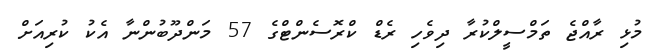
މުޅި ރާއްޖެ ތަމްސީލްކުރާ ދިވެހި ރެޑް ކްރޮސެންޓްގެ 57 މަންދޫބުންނާ އެކު ކުރިއަށް